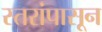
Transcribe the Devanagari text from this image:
स्तरांपासून